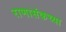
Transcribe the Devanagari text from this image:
राणासंकच्या